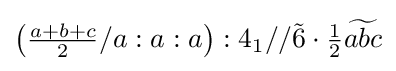
\left({\tfrac {a+b+c}{2}}/a:a:a\right):4_{1}//{\tilde {6}}\cdot {\tfrac {1}{2}}{\widetilde {abc}}